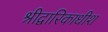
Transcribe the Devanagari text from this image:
श्रीद्वारिकाधीश